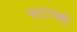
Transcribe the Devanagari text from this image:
नटांच्या